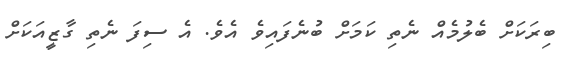
ބިރަކަށް ބެލުމެއް ނެތި ކަމަށް ބުނެފައިވެ އެވެ. އެ ސިފަ ނެތި ގާޒީއަކަށް